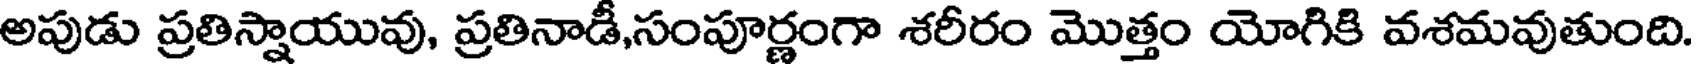
అపుడు ప్రతిస్నాయువు, ప్రతినాడీ,సంపూర్ణంగా శరీరం మొత్తం యోగికి వశమవుతుంది